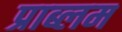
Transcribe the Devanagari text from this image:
प्राब्लम